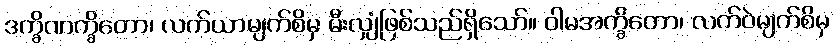
ဒက္ခိဏက္ခိတော၊ လက်ယာမျက်စိမှ မီးလျှံဖြစ်သည်ရှိသော်။ ဝါမအက္ခိတော၊ လက်ဝဲမျက်စိမှ